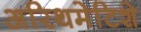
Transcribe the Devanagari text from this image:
अरिथमेटिशे